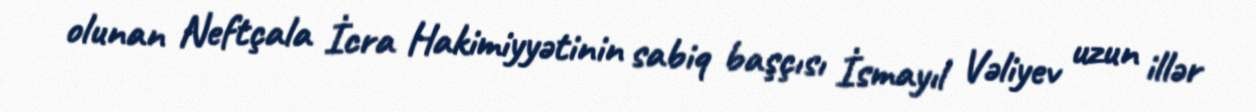
olunan Neftçala İcra Hakimiyyətinin sabiq başçısı İsmayıl Vəliyev uzun illər